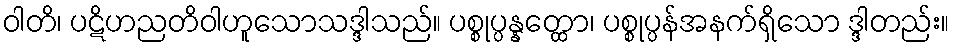
ဝါတိ၊ ပဋိဟညတိဝါဟူသောသဒ္ဒါသည်။ ပစ္စုပ္ပန္နတ္ထော၊ ပစ္စုပ္ပန်အနက်ရှိသော ဒ္ဒါတည်း။